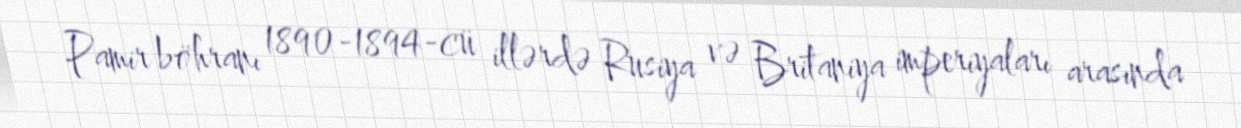
Pamir böhranı 1890-1894-cü illərdə Rusiya və Britaniya imperiyaları arasında